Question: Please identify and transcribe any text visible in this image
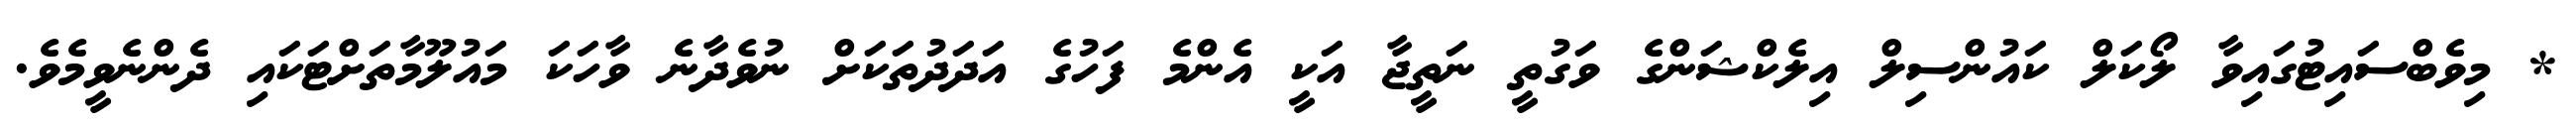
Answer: * މިވެބްސައިޓުގައިވާ ލޯކަލް ކައުންސިލް އިލެކްޝަންގެ ވަގުތީ ނަތީޖާ އަކީ އެންމެ ފަހުގެ އަދަދުތަކަށް ނުވެދާނެ ވާހަކަ މައުލޫމާތަށްޓަކައި ދެންނެވީމެވެ.